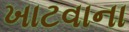
ખાટવાના